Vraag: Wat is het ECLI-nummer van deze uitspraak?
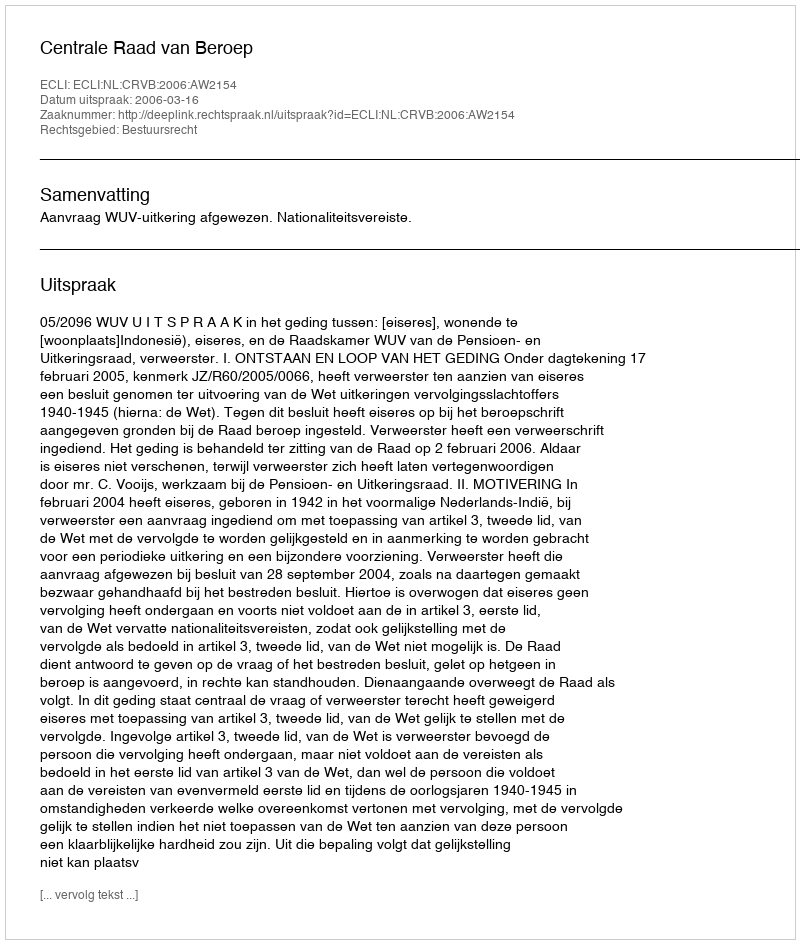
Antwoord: ECLI:NL:CRVB:2006:AW2154